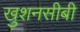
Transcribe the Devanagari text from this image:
खुशनसीबी